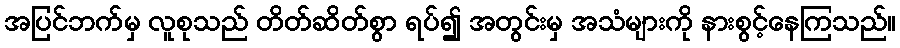
အပြင်ဘက်မှ လူစုသည် တိတ်ဆိတ်စွာ ရပ်၍ အတွင်းမှ အသံများကို နားစွင့်နေကြသည်။